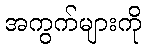
အကွက်များကို